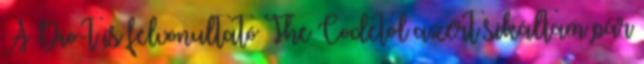
A Dio-t is felvonultató The Codetól azért sikáltam pár